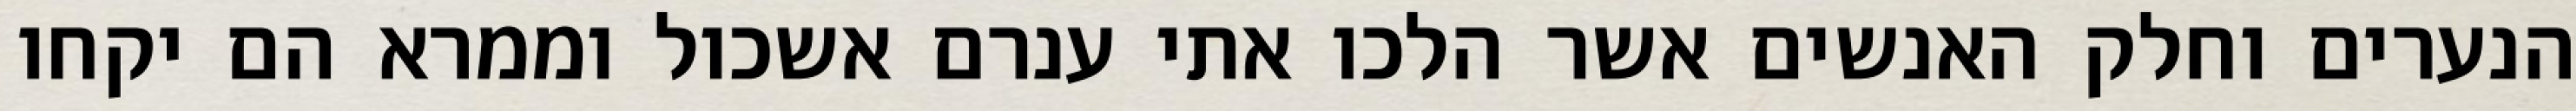
הנערים וחלק האנשים אשר הלכו אתי ענרם אשכול וממרא הם יקחו